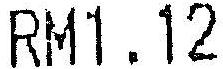
RM1.12